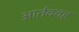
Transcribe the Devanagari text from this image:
आर्तववह